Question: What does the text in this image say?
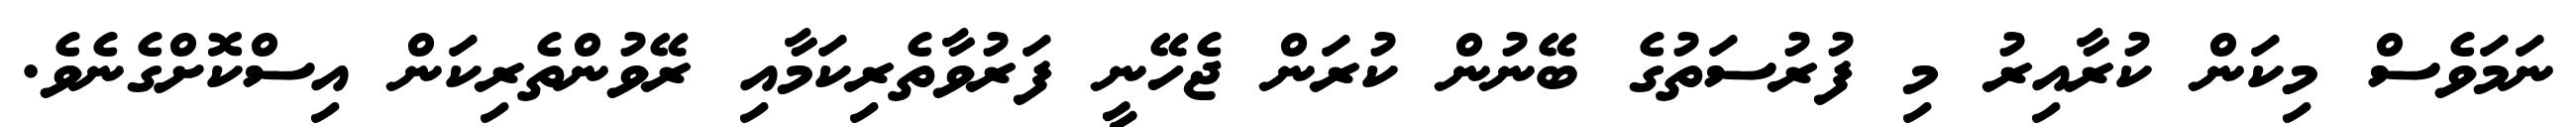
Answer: ނަމަވެސް މިކަން ކުރާއިރު މި ފުރުސަތުގެ ބޭނުން ކުރަން ޖެހޭނީ ފަރުވާތެރިކަމާއި ރޭވުންތެރިކަން އިސްކޮށްގެނެވެ.